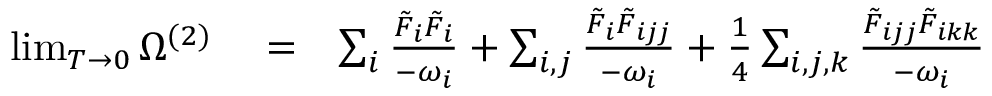
\begin{array} { r l r } { \operatorname* { l i m } _ { T \to 0 } \Omega ^ { ( 2 ) } } & { { } = } & { \sum _ { i } \frac { \tilde { F } _ { i } \tilde { F } _ { i } } { - \omega _ { i } } + \sum _ { i , j } \frac { \tilde { F } _ { i } \tilde { F } _ { i j j } } { - \omega _ { i } } + \frac { 1 } { 4 } \sum _ { i , j , k } \frac { \tilde { F } _ { i j j } \tilde { F } _ { i k k } } { - \omega _ { i } } } \end{array}